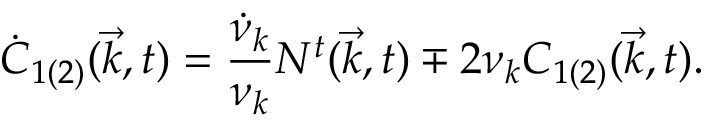
\dot { C } _ { 1 ( 2 ) } ( { \vec { k } } , t ) = \frac { \dot { \nu } _ { k } } { { \nu } _ { k } } { \cal N } ^ { t } ( { \vec { k } } , t ) \mp 2 { \nu } _ { k } C _ { 1 ( 2 ) } ( { \vec { k } } , t ) .